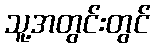
သူ့အတွင်းတွင်